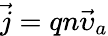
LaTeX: {\vec{j}}=qn{\vec{\upsilon}}_{a}